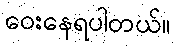
ဝေးနေရပါတယ်။